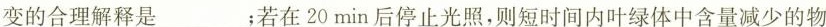
变的合理解释是___；若在20min后停止光照，则短时间内叶绿体中含量减少的物